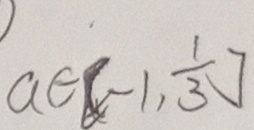
a \in [ - 1 , \frac { 1 } { 3 } ]